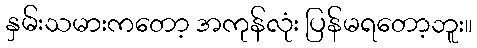
နှမ်းသမားကတော့ အကုန်လုံး ပြန်မရတော့ဘူး။